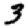
Digit: 3